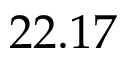
2 2 . 1 7